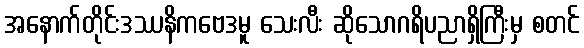
အနောက်တိုင်းဒဿနိကဗေဒမူ သေးလီး ဆိုသောဂရိပညာရှိကြီးမှ စတင်